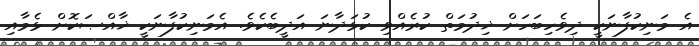
އެ މަނިކުފާނަކީ ދިވެހިބަހަށް ޚިދުމަތް ކުރެއްވި ކުޅަދާނަ އަދީބެކެވެ. އެމަނިކުފާނަކީ ޚާއްޞަކޮށް ޅެމާއި